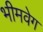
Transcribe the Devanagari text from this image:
भीमवेग